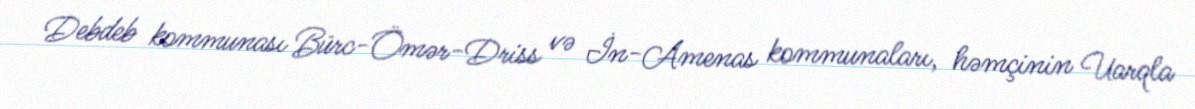
Debdeb kommunası Bürc-Ömər-Driss və İn-Amenas kommunaları, həmçinin Uarqla